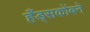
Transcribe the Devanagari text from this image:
हँड्सकोंबने